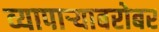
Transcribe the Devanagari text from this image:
व्यापाऱ्याबरोबर